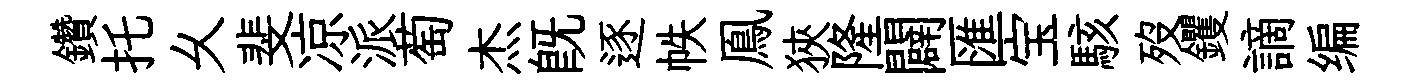
鑽托乆斐凉派萄杰旣逐帙鳯狹隆闢匯宝駭歿钁謫编